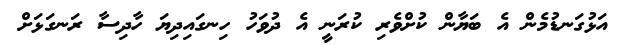
އަޅުގަނޑުމެން އެ ބަޔާން ކުށްވެރި ކުރަނީ އެ ދުވަހު ހިނގައިދިޔަ ހާދިސާ ރަނގަޅަށް